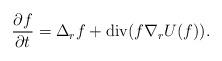
LaTeX: \begin{align*} \frac{\partial f}{\partial t} = \Delta_r f + {\rm div} (f \nabla_r U (f)) .\end{align*}